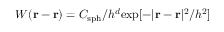
W ( \boldsymbol { \mathbf { r } } - \boldsymbol { \mathbf { \acute { r } } } ) = C _ { \mathrm { s p h } } / h ^ { d } \mathrm { e x p } [ - | \boldsymbol { \mathbf { r } } - \boldsymbol { \mathbf { \acute { r } } } | ^ { 2 } / h ^ { 2 } ]